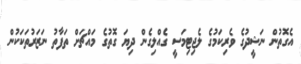
އެގޮތުން ނަޝީދުގެ ވެރިކަމުގެ ލެޖިޓިމަސީ ގެއްލިގެން ދިޔަ ގޮތުގެ މައްޗަށް ތަފާތު ނަޒަރުތަކަކުން